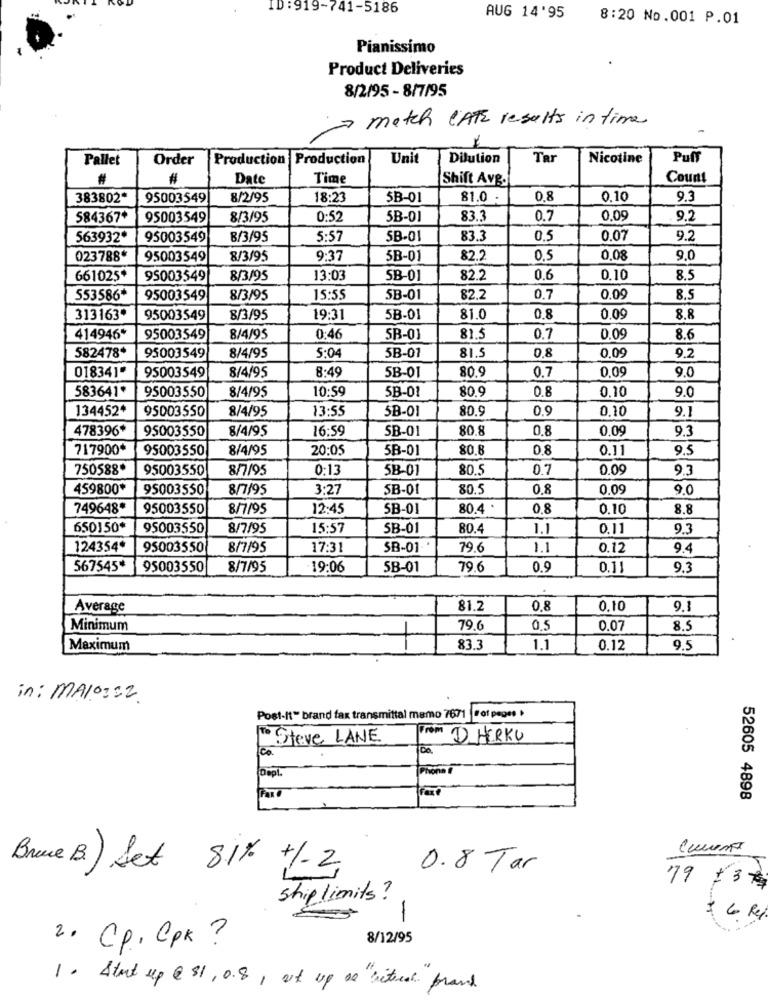
ID : 919-741-5186
AUG 14'95
8:20 No.001 P.01
Pianissimo
Product Deliveries
8/2/95 - 8/7/95
match CATE results in time
Pallet
Order
Production Production
Unit
Dilution
Tar
Nicotine
Puff
#
#
Date
Time
Shift Avg.
Count
383802*
95003549
8/2/95
18:23
5B-01
81.0
0.8
0.10
9.3
584367*
95003549
8/3/95
0:52
5B-01
83.3
0.7
0,09
9.2
563932*
95003549
8/3/95
5:57
5B-01
83.3
0.5
0.07
9.2
023788*
95003549
8/3/95
9:37
5B-01
82.2
0,5
0,08
9.0
661025*
95003549
8/3/95
13:03
SB-01
82.2
0.6
0.10
8.5
553586
95003549
8/3/95
15:55
5B-01
82,2
0.7
0.09
8.5
313163
95003549
8/3/95
19:31
5B-01
81.0
0.8
0.09
8.8
414946*
95003549
8/4/95
0:46
SB-01
81.5
0.7
0.09
8.6
582478*
5:04
5B-01
81.5
0,8
0.09
95003549
8/4/95
9.2
018341*
8/4/95
8:49
80.9
0.7
0,09
9.0
95003549
SB-01
583641º
95003550
8/4/95
10:59
5B-01
80.9
0.8
0,10
9.0
134452*
95003550
8/4/95
13:55
SB-01
80.9
0.9
0,10
9.1
478396*
95003550
8/4/95
16:59
SB-01
80.8
0.8
0.09
9.3
717900*
95003550
8/4/95
20:05
5B-01
80.8
0.8
0.11
9.5
750588*
95003550
8/7/95
0:13
5B-01
80.5
0.7
0.09
9.3
459800*
95003550
8/7/95
3:27
SB-01
80,5
0,8
0.09
9.0
749648*
95003550
8/7/95
12:45
SB-01
80.4
0.8
0.10
8.8
650150*
95003550
8/7/95
15:57
SB-01
80.4
1.1
0.11
9.3
124354*
95003550
8/7/95
17:31
SB-01
79.6
1.1
0.12
9.4
567545*
95003550
8/7/95
19:06
5B-01
79.6
0.9
0.11
9.3
Average
81.2
0,8
0,10
9.1
Minimum
79.6
0.5
0.07
8.5
Maximum
83.3
1.1
0.12
9.5
in: Malo == 2.
Post-It" brand fax transmittal mamo 7671 |Fof pages
To Steve LANE
From D HERKU
100.
Phone
52605 4898
Bruce B) Set 81% +/-2
0.8 Tar
79 / 37
ship limits?
1
6 kg
8/12/95
2. Cp, Cpk ?
1. Start up @ $1, 0.8, at up as " literal brand